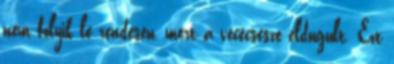
nem folyik le rendesen, mert a vécécsésze eldugult. Ezt